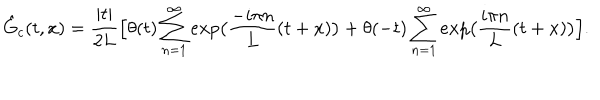
\hat { G } _ { c } ( t , x ) = { \frac { | t | } { 2 L } } \Big [ \theta ( t ) \sum _ { n = 1 } ^ { \infty } e x p \big ( { \frac { - i \pi n } { L } } ( t + x ) \big ) + \theta ( - t ) \sum _ { n = 1 } ^ { \infty } e x p \big ( { \frac { i \pi n } { L } } ( t + x ) \big ) \Big ] .